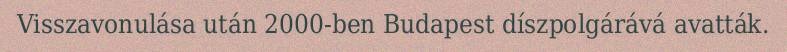
Visszavonulása után 2000-ben Budapest díszpolgárává avatták.